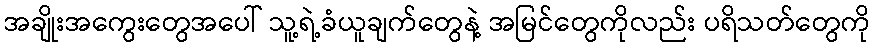
အချိုးအကွေးတွေအပေါ် သူ့ရဲ့ခံယူချက်တွေနဲ့ အမြင်တွေကိုလည်း ပရိသတ်တွေကို